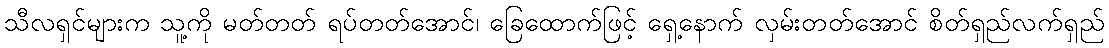
သီလရှင်များက သူ့ကို မတ်တတ် ရပ်တတ်အောင်၊ ခြေထောက်ဖြင့် ရှေ့နောက် လှမ်းတတ်အောင် စိတ်ရှည်လက်ရှည်